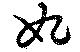
妃